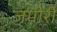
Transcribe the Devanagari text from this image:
जमीरी